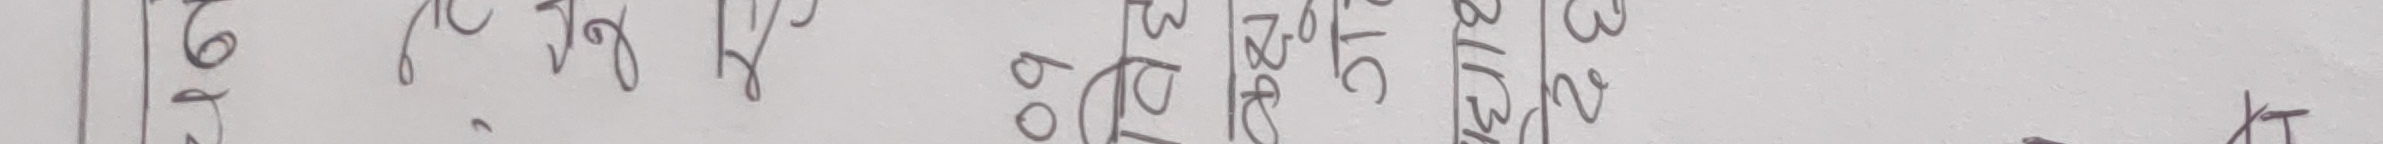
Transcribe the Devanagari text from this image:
१०५
११८
१८० पु
२१० ८० पु
२३० ३० पु
२४० ६० पु
२५० ५० पु
त